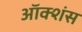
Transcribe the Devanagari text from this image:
ऑक्शंस